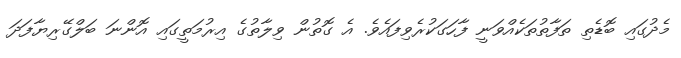
މެދުގައި ބޮޑެތި ތަފާތުތަކެއްވަނީ ފާހަގަކުރެވިފައެވެ. އެ ގޮތުން ވިލާތުގެ އިރުމަތީގައި އޮންނަ ބަލްގޭރިޔާފަދަ